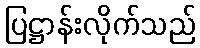
ပြဋ္ဌာန်းလိုက်သည်